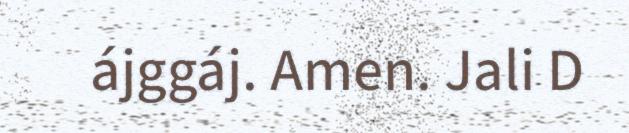
ájggáj. Amen. Jali D